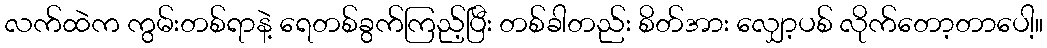
လက်ထဲက ကွမ်းတစ်ရာနဲ့ ရေတစ်ခွက်ကြည့်ပြီး တစ်ခါတည်း စိတ်အား လျှော့ပစ် လိုက်တော့တာပေါ့။